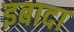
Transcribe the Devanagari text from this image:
इबादा